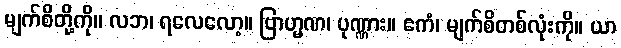
မျက်စိတို့ကို။ လဘ၊ ရလေလော့။ ဗြာဟ္မဏ၊ ပုဏ္ဏား။ ဧကံ၊ မျက်စိတစ်လုံးကို။ ယာ